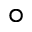
\circ